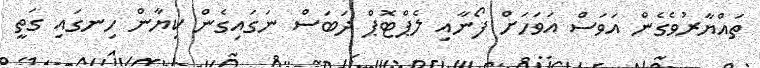
ތައްޔާރުވެގެން އަވަސް އަވަހަށް ފޯނާއި ލެޕްޓޮޕް ދަބަސް ނަގައިގެން ކިޔާން ހިނގައި ގަތީ